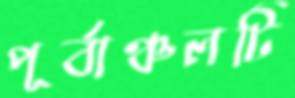
পূর্বাঞ্চলটি